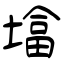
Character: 墖